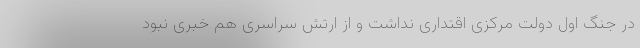
در جنگ اول دولت مرکزی اقتداری نداشت و از ارتش سراسری هم خبری نبود